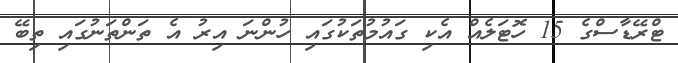
ޓްރޭޑާސްގެ 15 ހޮޓަލެއް އެކި ގައުމުތަކުގައި ހުންނަ އިރު އެ ތަންތަނުގައި ތިބޭ